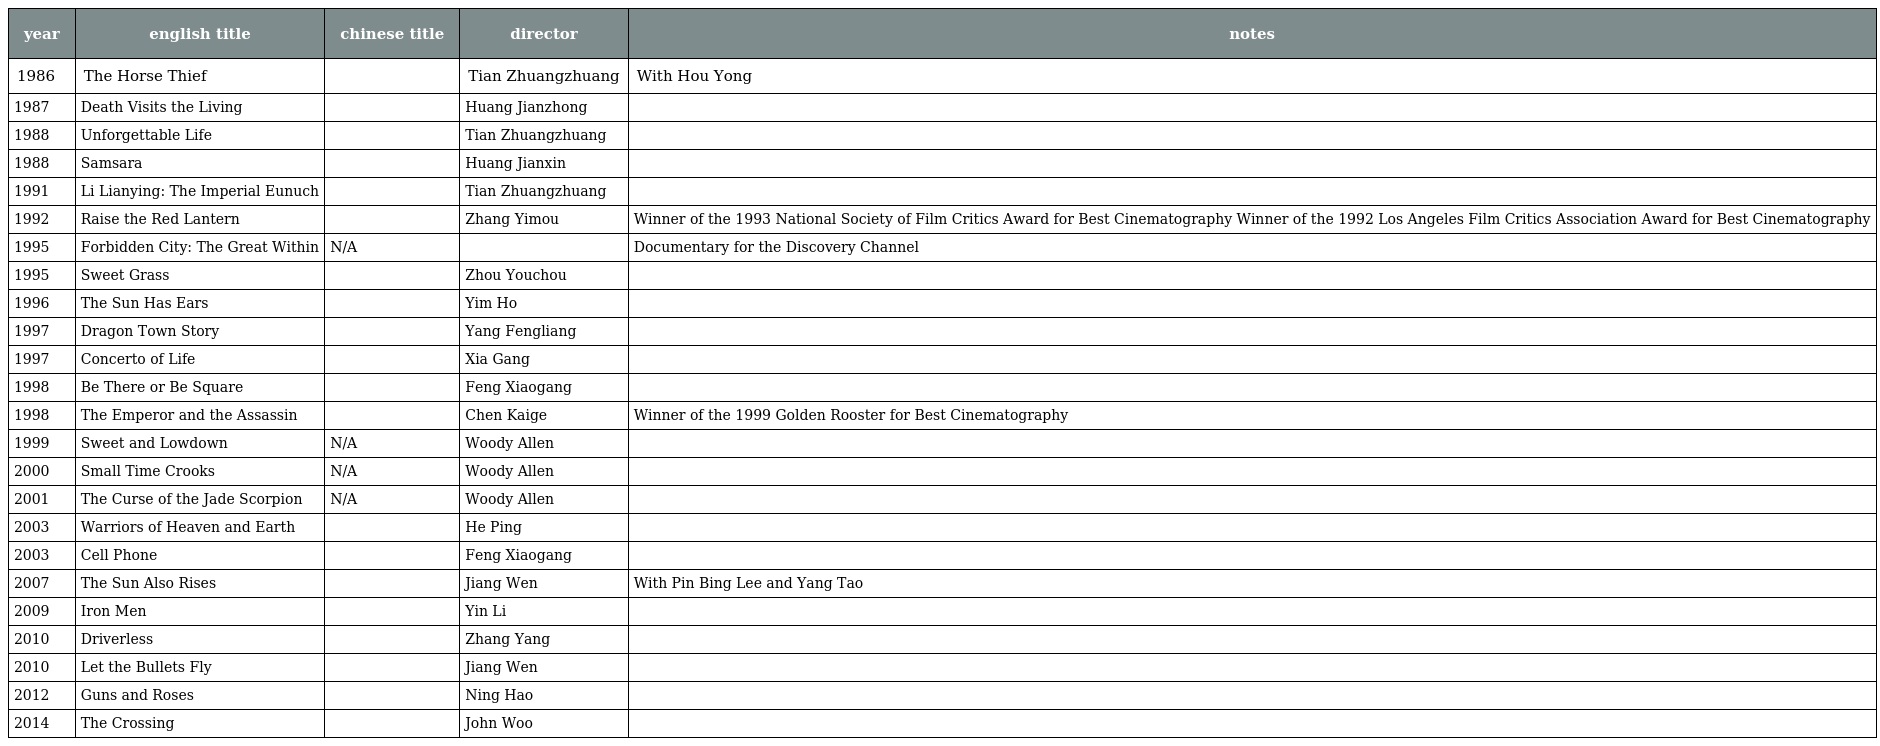
| year | english title | chinese title | director | notes |
 | --- | --- | --- | --- | --- |
 | 1986 | The Horse Thief | 苏州河 | Tian Zhuangzhuang | With Hou Yong |
 | 1987 | Death Visits the Living | 一个死者对生者的访问 | Huang Jianzhong |  |
 | 1988 | Unforgettable Life | 特别手术室 | Tian Zhuangzhuang |  |
 | 1988 | Samsara | 轮回 | Huang Jianxin |  |
 | 1991 | Li Lianying: The Imperial Eunuch | 大太监李莲英 | Tian Zhuangzhuang |  |
 | 1992 | Raise the Red Lantern | 大红灯笼高高挂 | Zhang Yimou | Winner of the 1993 National Society of Film Critics Award for Best Cinematography Winner of the 1992 Los Angeles Film Critics Association Award for Best Cinematography |
 | 1995 | Forbidden City: The Great Within | N/A |  | Documentary for the Discovery Channel |
 | 1995 | Sweet Grass | 甘草 | Zhou Youchou |  |
 | 1996 | The Sun Has Ears | 太阳有耳 | Yim Ho |  |
 | 1997 | Dragon Town Story | 龙城正月 | Yang Fengliang |  |
 | 1997 | Concerto of Life | 生命如歌 | Xia Gang |  |
 | 1998 | Be There or Be Square | 不见不散 | Feng Xiaogang |  |
 | 1998 | The Emperor and the Assassin | 荊柯刺秦王 | Chen Kaige | Winner of the 1999 Golden Rooster for Best Cinematography |
 | 1999 | Sweet and Lowdown | N/A | Woody Allen |  |
 | 2000 | Small Time Crooks | N/A | Woody Allen |  |
 | 2001 | The Curse of the Jade Scorpion | N/A | Woody Allen |  |
 | 2003 | Warriors of Heaven and Earth | 天地英雄 | He Ping |  |
 | 2003 | Cell Phone | 手机 | Feng Xiaogang |  |
 | 2007 | The Sun Also Rises | 太阳照常升起 | Jiang Wen | With Pin Bing Lee and Yang Tao |
 | 2009 | Iron Men | 铁人 | Yin Li |  |
 | 2010 | Driverless | 无人驾驶 | Zhang Yang |  |
 | 2010 | Let the Bullets Fly | 让子弹飞 | Jiang Wen |  |
 | 2012 | Guns and Roses | 黄金大劫案 | Ning Hao |  |
 | 2014 | The Crossing |  | John Woo |  |